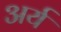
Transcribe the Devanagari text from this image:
अर्य